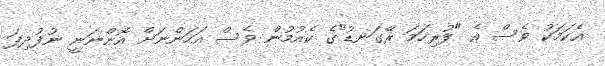
އެކަމަކު ވެސް އެ "ފުރިހަމަ ރޭގަނޑު"ގެ ކެއުމުން ވެސް އަހަންނަށް އޮންނަނީ ނުފުދިފަ